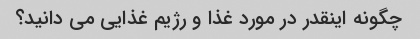
چگونه اینقدر در مورد غذا و رژیم غذایی می دانید؟